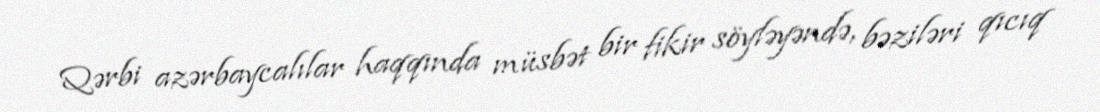
Qərbi azərbaycalılar haqqında müsbət bir fikir söyləyəndə, bəziləri qıcıq